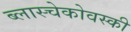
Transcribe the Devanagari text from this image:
ब्लास्चेकोवस्की